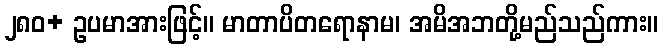
၂၈၀+ ဥပမာအားဖြင့်။ မာတာပိတရောနာမ၊ အမိအဘတို့မည်သည်ကား။